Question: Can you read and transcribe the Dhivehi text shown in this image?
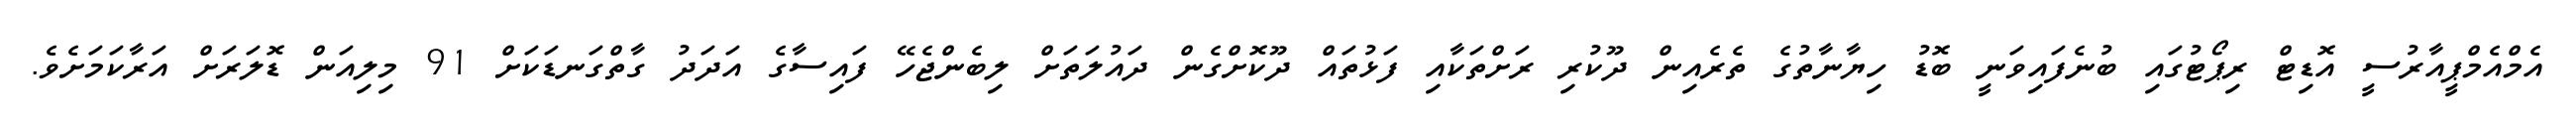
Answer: އެމްއެމްޕީއާރުސީ އޮޑިޓް ރިޕޯޓުގައި ބުނެފައިވަނީ ބޮޑު ހިޔާނާތުގެ ތެރެއިން ދޫކުރި ރަށްތަކާއި ފަޅުތައް ދޫކޮށްގެން ދައުލަތަށް ލިބެންޖެހޭ ފައިސާގެ އަދަދު ގާތްގަނޑަކަށް 91 މިލިއަން ޑޮލަރަށް އަރާކަމަށެވެ.